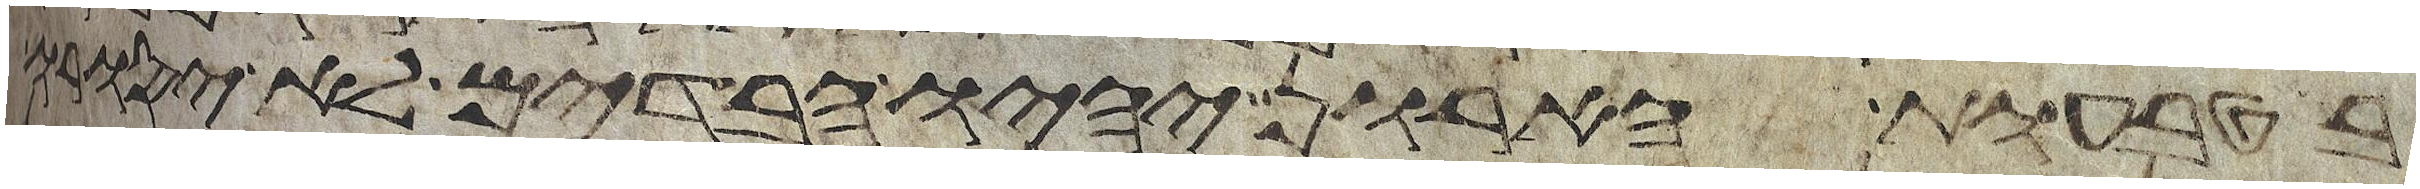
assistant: בטבעות הארון יהיו הבדים לא יסורו